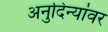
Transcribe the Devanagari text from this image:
अनुदिन्यांवर